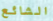
الشائع